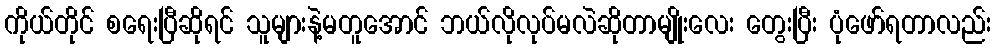
ကိုယ်တိုင် စရေးပြီဆိုရင် သူများနဲ့မတူအောင် ဘယ်လိုလုပ်မလဲဆိုတာမျိုးလေး တွေးပြီး ပုံဖော်ရတာလည်း